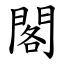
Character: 閣